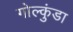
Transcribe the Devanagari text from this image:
गोल्कुंडा